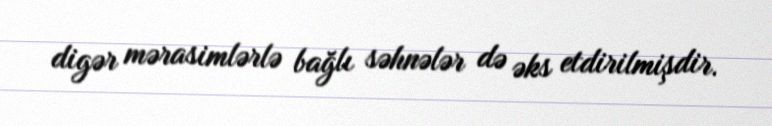
digər mərasimlərlə bağlı səhnələr də əks etdirilmişdir.